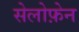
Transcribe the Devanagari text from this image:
सेलोफ़ेन